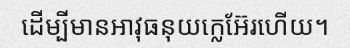
ដើម្បីមានអាវុធនុយក្លេអ៊ែរហើយ។